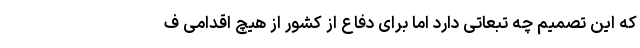
که این تصمیم چه تبعاتی دارد اما برای دفاع از کشور از هیچ اقدامی ف